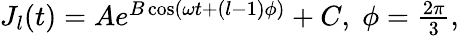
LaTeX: \begin{array}{r}{J_{l}(t)=Ae^{B\cos(\omega t+(l-1)\phi)}+C,\; \phi=\frac{2\pi}{3},}\end{array}